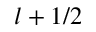
l + 1 / 2